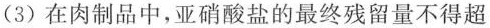
(3)在肉制品中，亚硝酸盐的最终残留量不得超